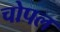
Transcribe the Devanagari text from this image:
चोपल